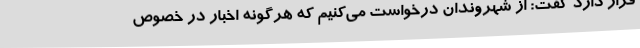
قرار دارد گفت: از شهروندان درخواست می‌کنیم که هرگونه اخبار در خصوص